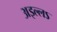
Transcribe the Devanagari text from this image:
अइल्लऽ